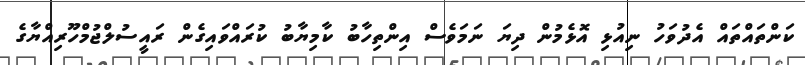
ކަންތައްތައް އެދުވަހު ނިއުޅި އޮޅެމުން ދިޔަ ނަމަވެސް އިންތިހާބު ކާމިޔާބު ކުރައްވައިގެން ރައީސުލްޖުމްހޫރިއްޔާގެ